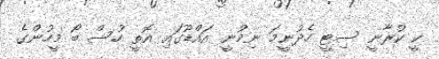
ކީ ކުރާނީ ސިޓީ ހެދުނީމަ ނިމުނީ އައްޑޫގައި އޮތީ ހުސް ބޯ މީހުންގެ